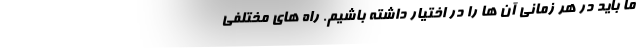
ما باید در هر زمانی آن ها را در اختیار داشته باشیم. راه های مختلفی